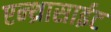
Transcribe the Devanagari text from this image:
एन्थ्रासाईट